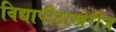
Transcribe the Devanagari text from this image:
विद्यापीठाखेरीज